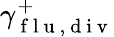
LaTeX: \gamma_{\mathrm{~f~l~u~},\mathrm{~d~i~v~}}^{+}